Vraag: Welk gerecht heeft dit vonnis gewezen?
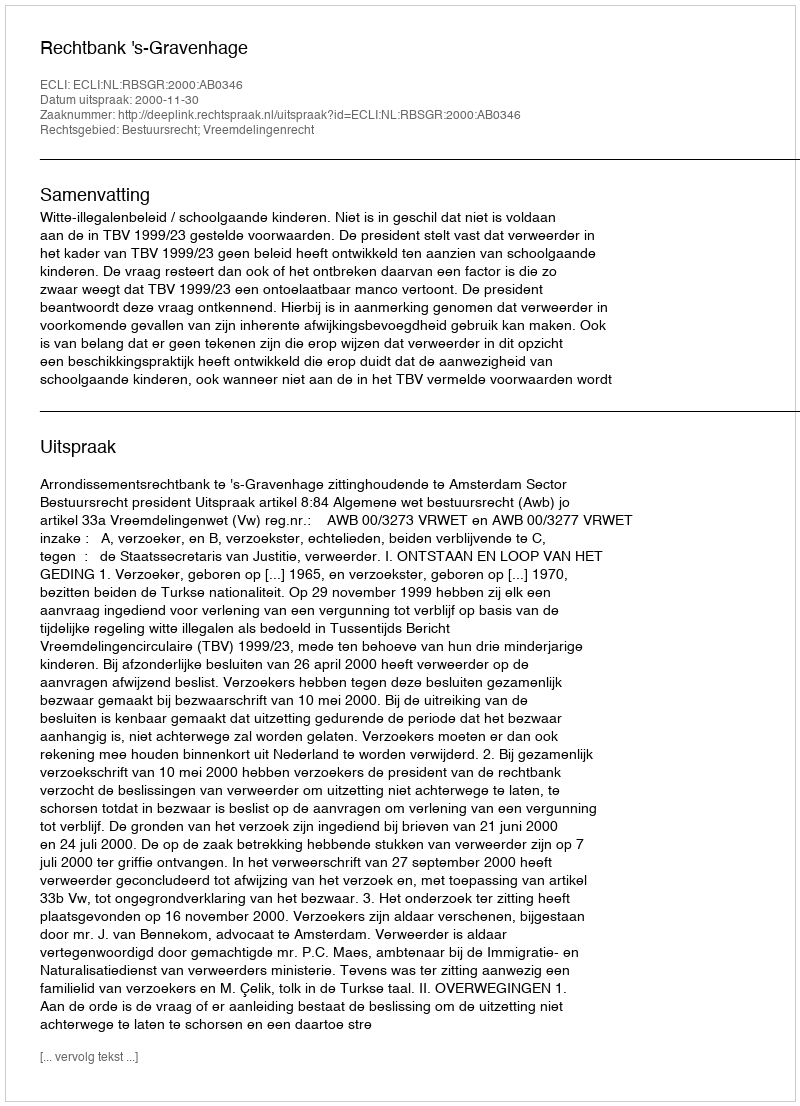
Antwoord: Rechtbank 's-Gravenhage